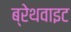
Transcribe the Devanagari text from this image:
ब्रेथवाइट